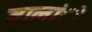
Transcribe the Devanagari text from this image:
वालांे